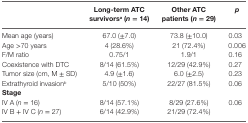
|  | Long-term ATC survivorsa (n = 14) | Other ATC patients (n = 29) | p |
 | --- | --- | --- | --- |
 | Mean age (years) | 67.0 (±7.0) | 73.8 (±10.0) | 0.03 |
 | Age >70 years | 4 (28.6%) | 21 (72.4%) | 0.006 |
 | F/M ratio | 0.75/1 | 1.9/1 | 0.16 |
 | Coexistence with DTC | 8/14 (61.5%) | 12/29 (42.9%) | 0.27 |
 | Tumor size (cm, M ± SD) | 4.9 (±1.6) | 6.0 (±2.5) | 0.23 |
 | Extrathyroid invasionb | 5/10 (50%) | 22/27 (81.5%) | 0.06 |
 | Stage |  |  |  |
 | IV A (n = 16) | 8/14 (57.1%) | 8/29 (27.6%) | 0.06 |
 | IV B + IV C (n = 27) | 6/14 (42.9%) | 21/29 (72.4%) |  |